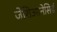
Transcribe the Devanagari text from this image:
जेशिआनेसिई